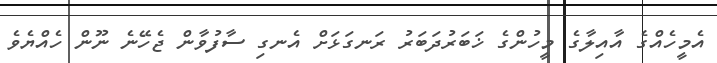
އެމީހެއްގެ އާއިލާގެ މީހުންގެ ޚަބަރުދަބަރު ރަނގަޅަށް އެނގި ސާފުވާން ޖެހޭނެ ނޫން ހެއްޔެވެ